Jaan_Tonisson_(Lasteleht), lk 96
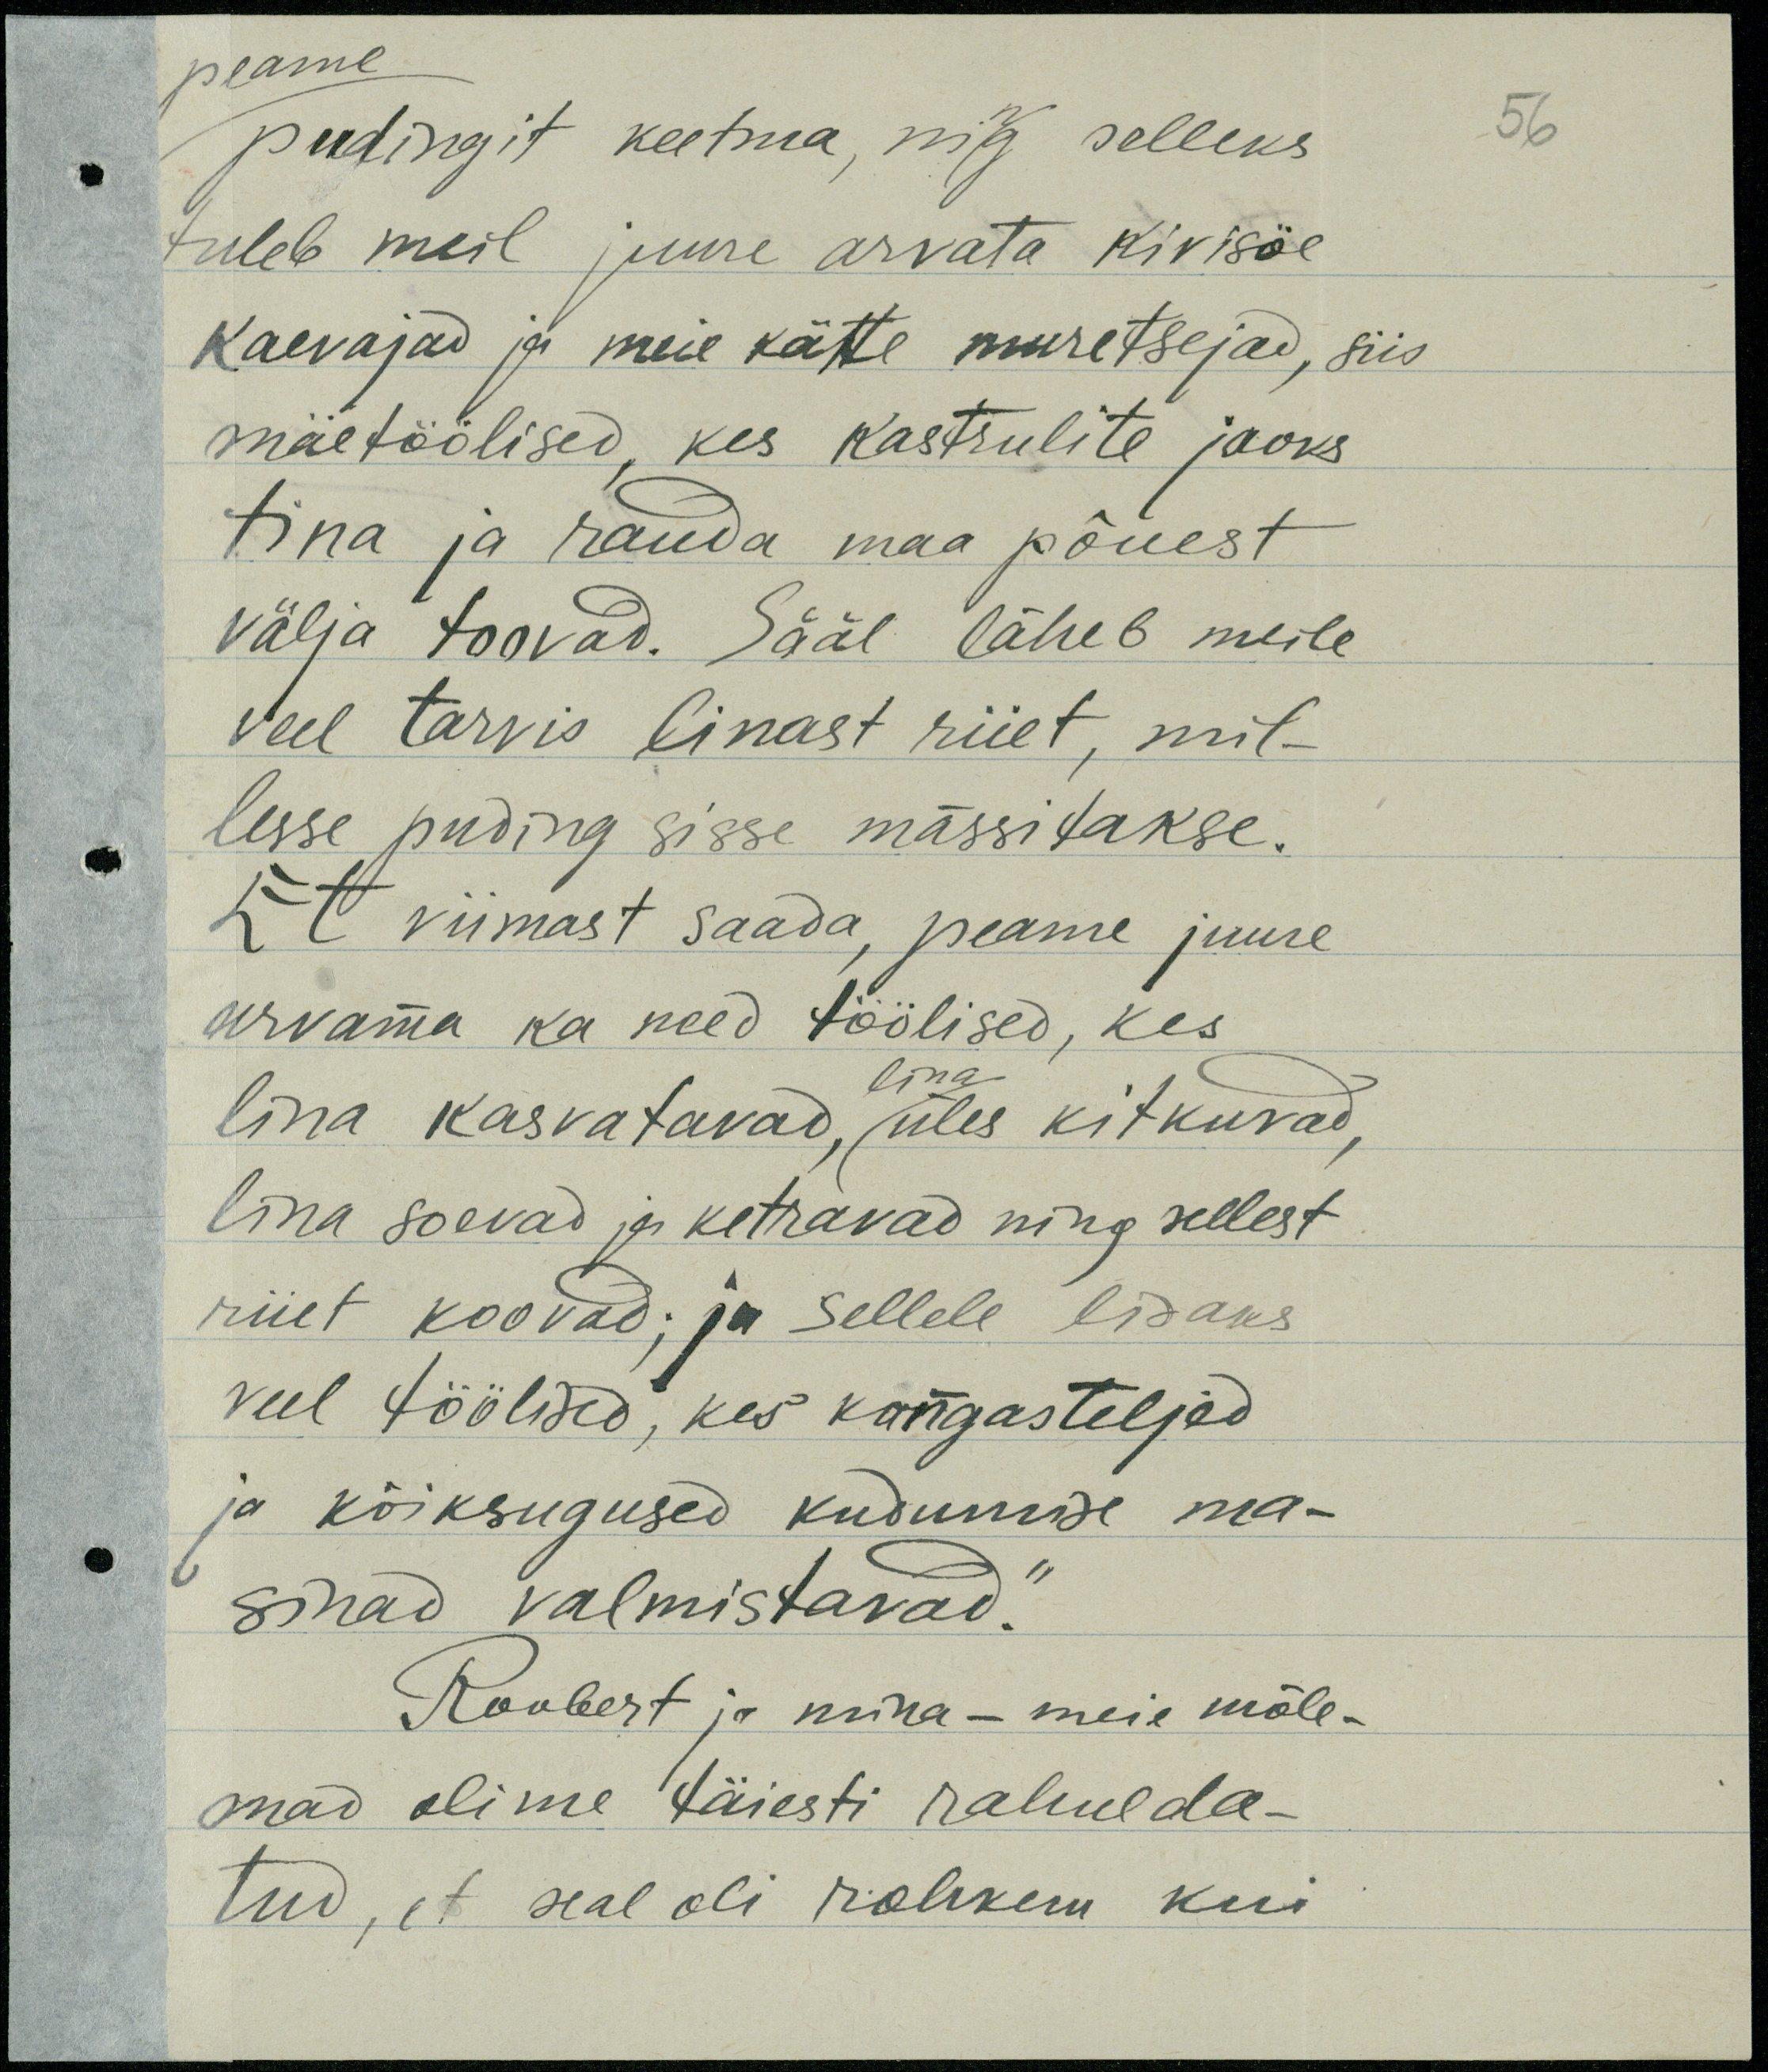
peame.
pudingit keetma, ning selleks
tuleb meil juure arvata kivisöe
kaevajad ja meie kätte muretsejad, siis
mäetöölised, kes kastrulite jaoks
tina ja rauda maa põuest
välja toovad. Sääl läheb meile
veel tarvis linast riiet, mil-
lesse puding sisse mässitakse.
Et viimast saada, peame juure
arvama ka need töölised, kes
lina kasvatavad, üles kitkuvad,
lina
lina soevad ja ketravad ning sellest
riiet koovad; ja sellele lisaks
veel töölised, kes kangasteljed
ja kõiksugused kudumise ma-
sinad valmistavad."
Roobert ja mina - meie mõle-
mad olime täiesti rahulda-
tud, et seal oli rohkem kui

56